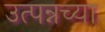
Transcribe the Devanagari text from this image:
उत्पन्नच्या